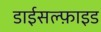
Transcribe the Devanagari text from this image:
डाईसल्फ़ाइड